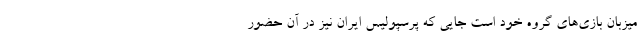
میزبان بازی‌های گروه خود است جایی که پرسپولیس ایران نیز در آن حضور